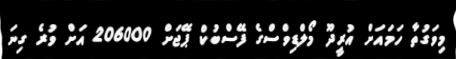
މިވަގުތާ ހަމައަށް އުރީދޫ މޯލްޑިވްސްގެ ފޭސްބުކް ޕޭޖަށް 206000 އަށް ވުރެ ގިނަ